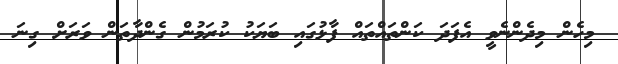
މިހެން މިދެންނެވީ އެފަދަ ކަންތައްތައް ފާޅުގައި ބަޔަކު ކުރަމުން ގެންދާތަން ވަރަށް ގިނަ